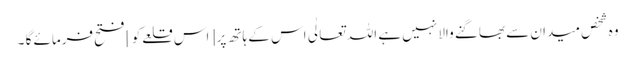
وہ شخص میدان سے بھاگنے والا نہیں ہے اللہ تعالٰی اس کے ہاتھ پر [ اس قلعےکو ] فتح فرمائے گا ۔